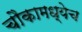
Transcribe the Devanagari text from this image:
चौकामध्येच